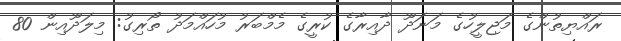
ރައްޔިތުންގެ މަޖިލީހުގެ މަނަދޫ ދާއިރާގެ ކުރީގެ މެމްބަރު މުހައްމަދު ތޯރިގު: މިލަދޫއިން 80